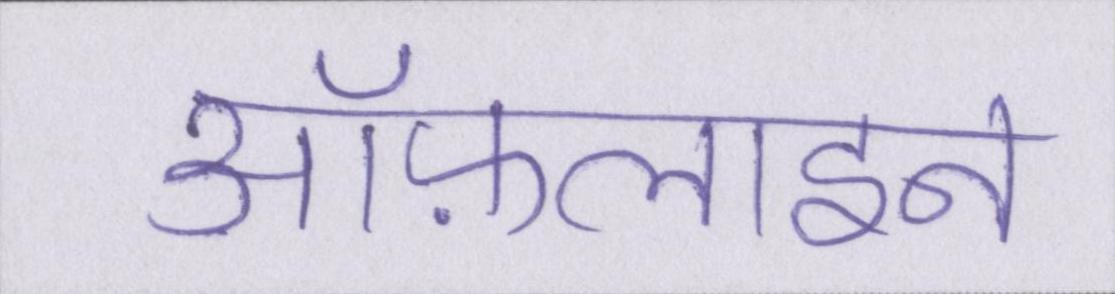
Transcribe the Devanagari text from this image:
ऑफ़लाइन